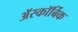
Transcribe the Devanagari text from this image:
ॲस्कॉर्बिक